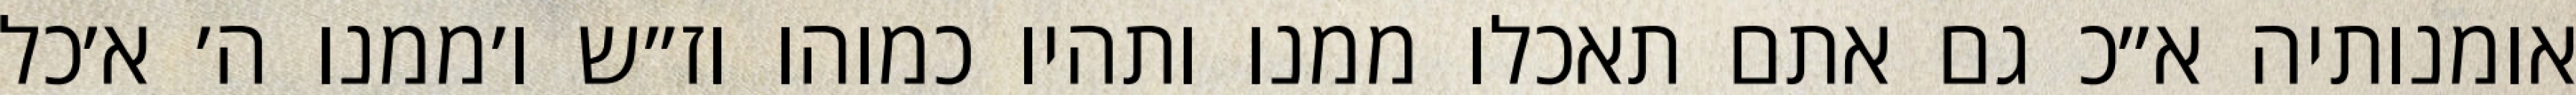
אומנותיה א״כ גם אתם תאכלו ממנו ותהיו כמוהו וז״ש ו׳ממנו ה׳ א׳כל